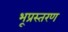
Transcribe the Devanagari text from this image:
भूप्रस्तरण